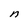
Character: n